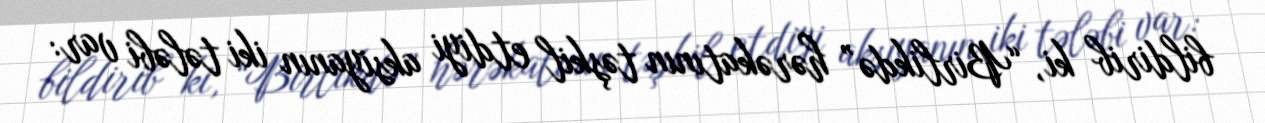
bildirib ki, “Birlikdə” hərəkatının təşkil etdiyi aksiyanın iki tələbi var: